Leningradi_Edasi_toimetus, lk 47
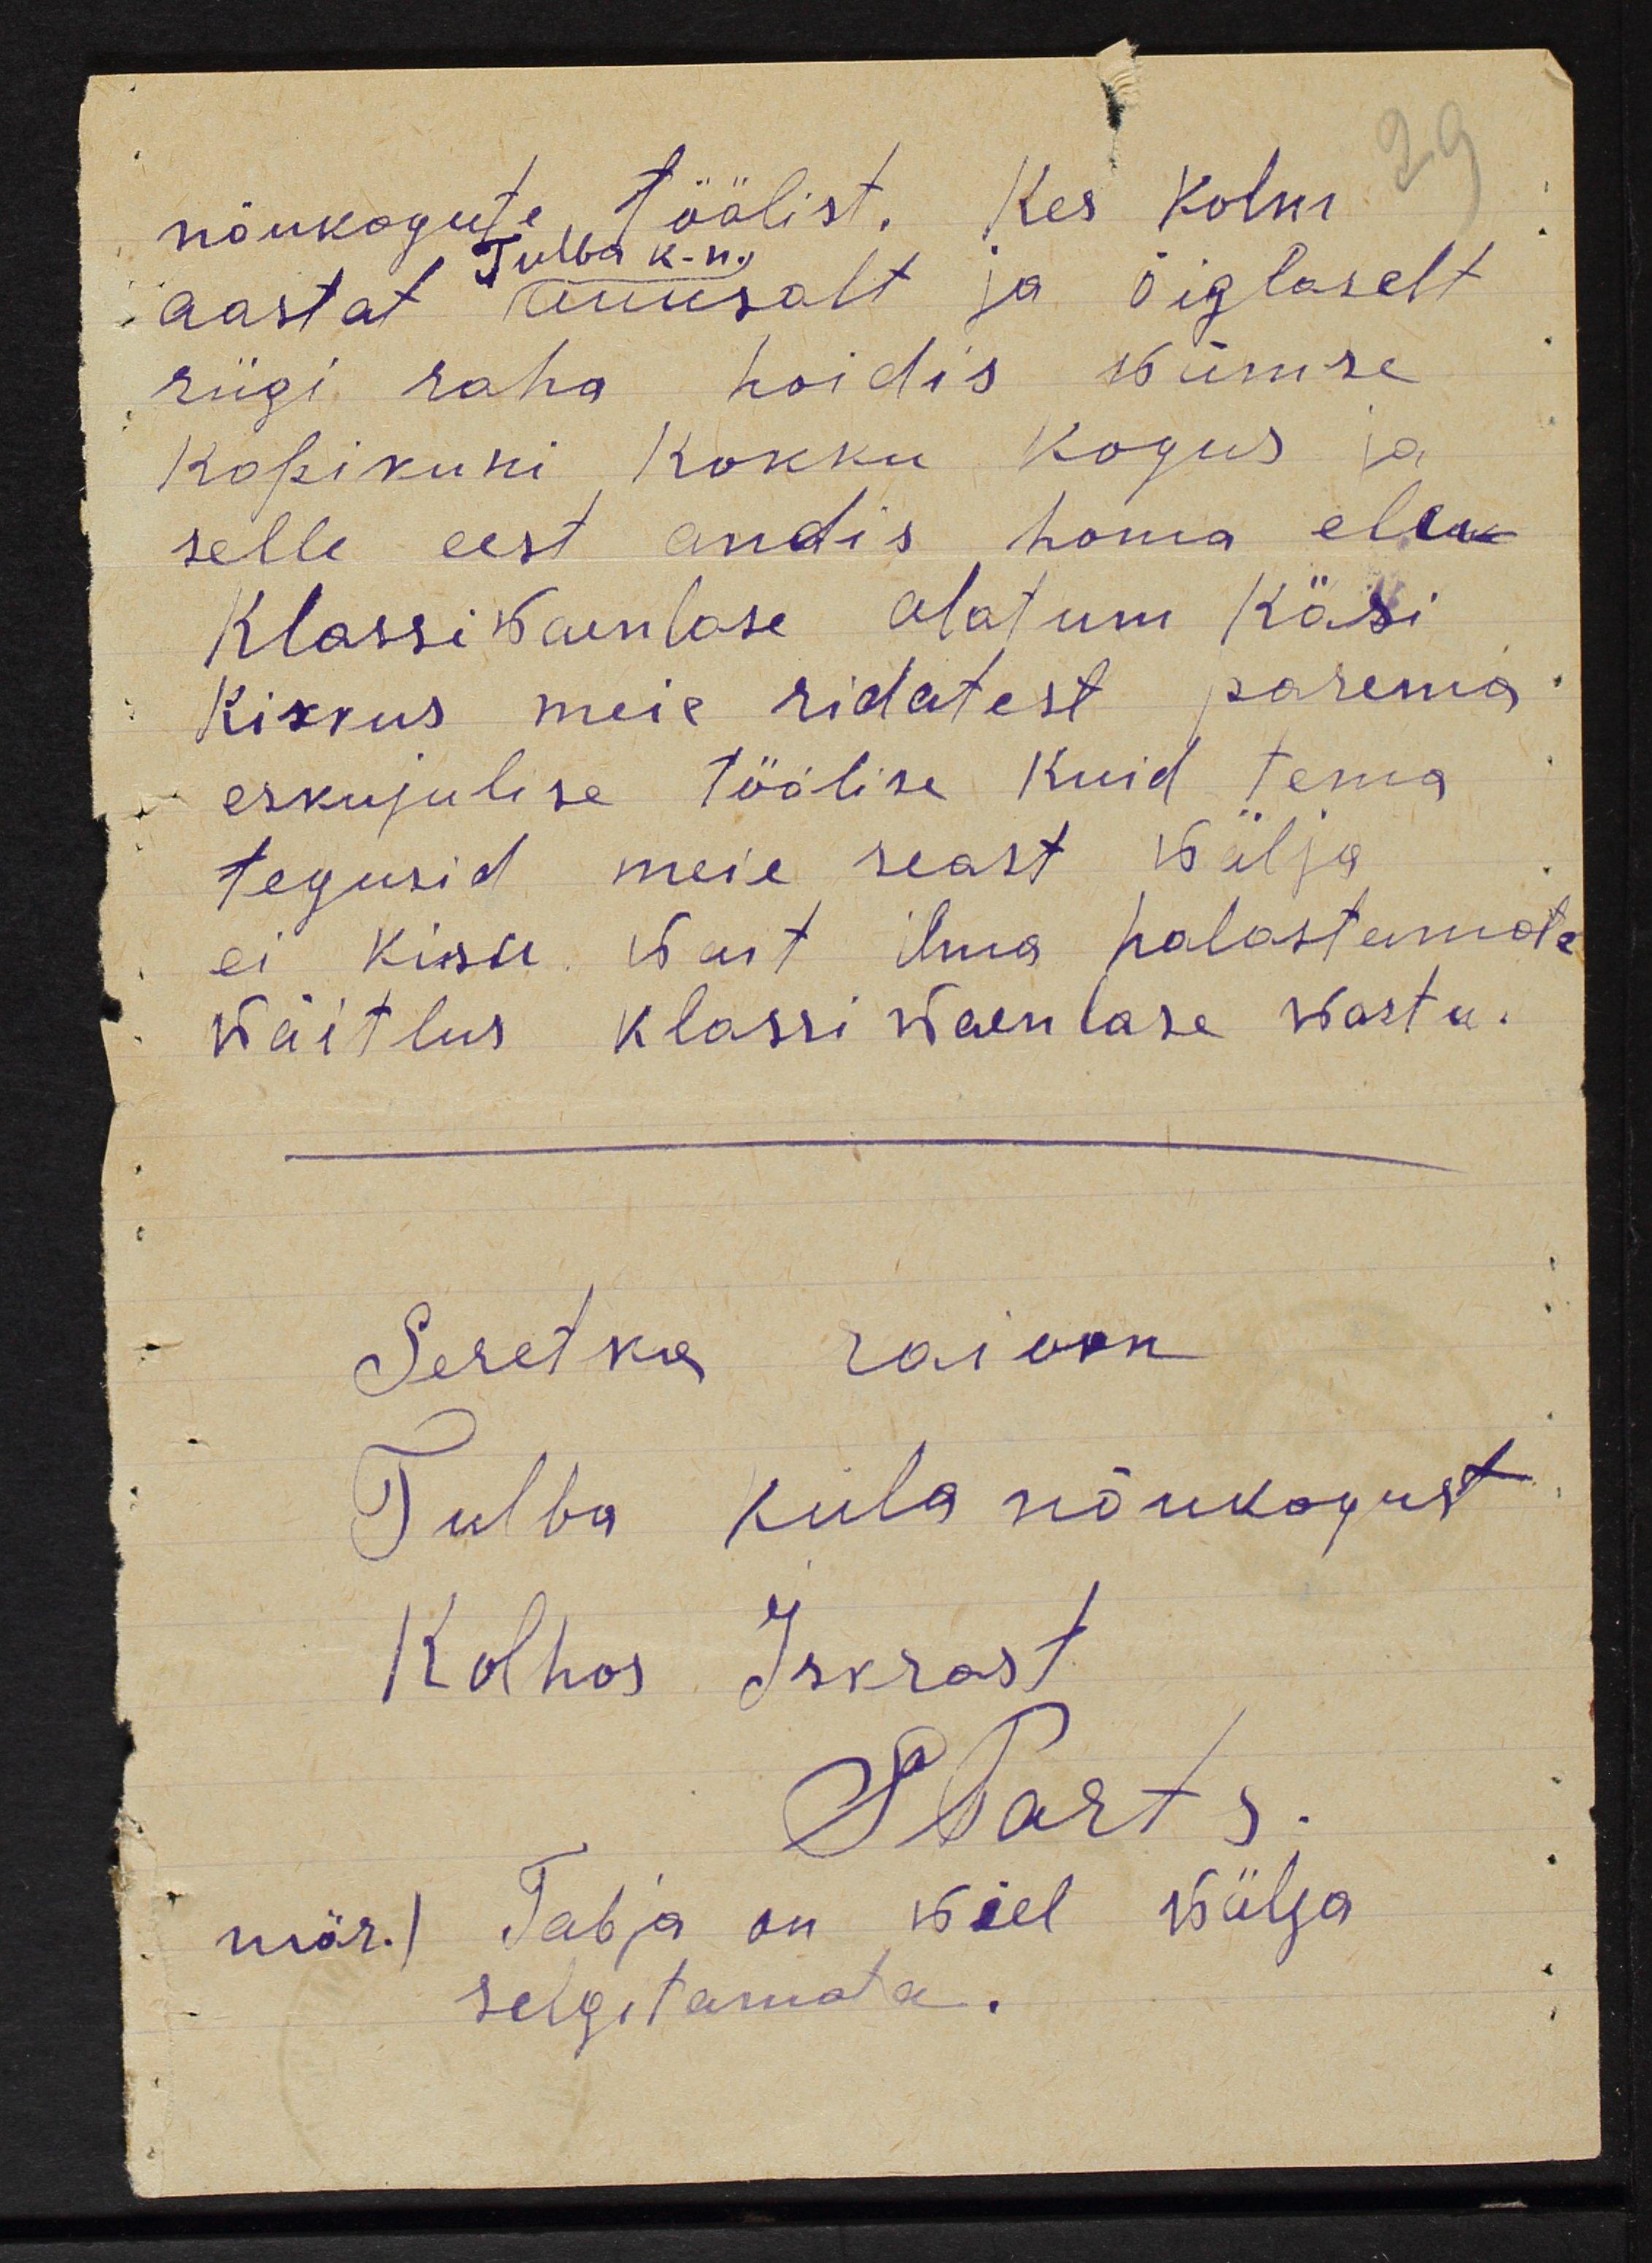
nõukogute töölist. Kes kolm
Tulba k-n.
aastat auusalt ja õiglaselt
riigi raha hoidis wiimse
kopikuni kokku kogus ja
selle eest andis homa elu
Klassiwaenlase alatum käsi
Kiskus meie ridatest parema
eskujulise töölise kuid tema
tegusid meie seast wälja
ei kisu. Wait ilma halastamata
wäitlus klassi waenlase wastu.
Seretka raioon
Tulba küla nõukogust
Kolhoos Iskrast
S Parts.
mär./ Tabja on wiel wälja
selgitamata.